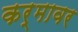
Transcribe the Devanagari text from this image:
कर्मावर